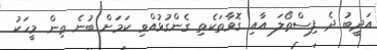
އަދީބު ދެ ފިސްތޯލަ އާއި ގޮވާތަކެތި ގެންގުޅުއްވި ކަމަށް ބުނެ ތިން މީހަކު